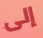
إلى